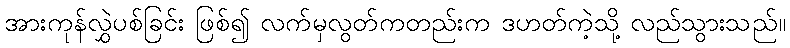
အားကုန်လွှဲပစ်ခြင်း ဖြစ်၍ လက်မှလွတ်ကတည်းက ဒဟတ်ကဲ့သို့ လည်သွားသည်။